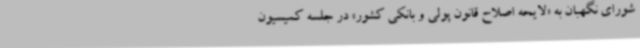
شورای نگهبان به «لایحه اصلاح قانون پولی و بانکی کشور» در جلسه کمیسیون